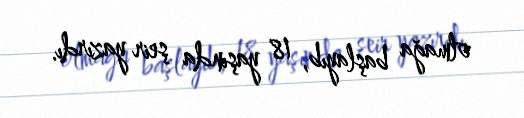
olmağa başlayıb, 18 yaşında şeir yazırdı.